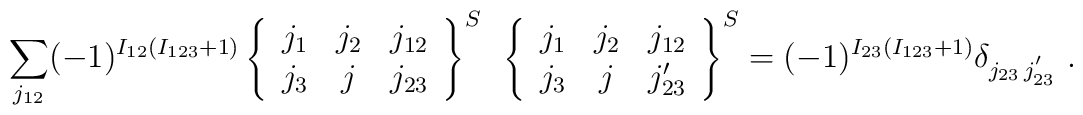
\sum_{j_{12}}(-1)^{I_{12}(I_{123}+1)} \left\{ \begin{array}{ccc}j_1 & j_2 & j_{12}\\j_3 & j   & j_{23}\end{array}\right\}^S~ \left\{ \begin{array}{ccc}j_1 & j_2 & j_{12}\\j_3 & j   & j'_{23}\end{array}\right\}^S=(-1)^{I_{23}(I_{123}+1)}\delta_{j_{23}\,j^{'}_{23}}~.